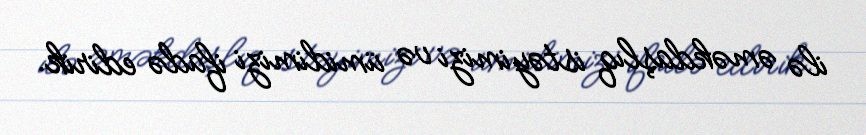
ilə əməkdaşlıq istəyimizi və ümidimizi ifadə edirik.